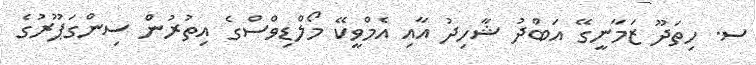
ސ. ހިތަދޫ ޒަމާނީގޭ އަބްދު ޝާހިދު އާއި އެމްވީކޭ މޯލްޑިވްސްގެ އިތުރުން ސިންގަޕޫރުގެ